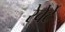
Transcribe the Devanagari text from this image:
रेवेर्टे